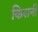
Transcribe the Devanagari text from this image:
किसनी